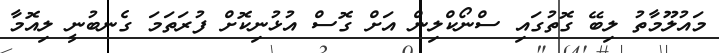
މައުލޫމާތު ލިބޭ ގޮތުގައި ސްނޯކްލިން އަށް ގޮސް އުޅުނިކޮށް ފުރަތަމަ ގެނބުނީ ލިއޮމާ